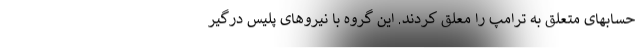
حسابهای متعلق به ترامپ را معلق کردند. این گروه با نیروهای پلیس درگیر